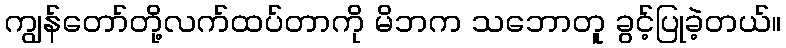
ကျွန်တော်တို့လက်ထပ်တာကို မိဘက သဘောတူ ခွင့်ပြုခဲ့တယ်။